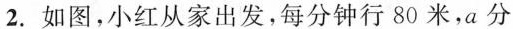
2.如图，小红从家出发，每分钟行80米，a分